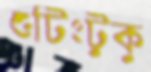
শুটিংটুকু